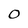
Character: O